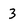
Character: 3